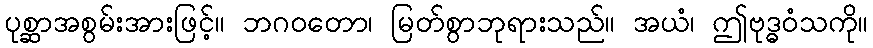
ပုစ္ဆာအစွမ်းအားဖြင့်။ ဘဂဝတော၊ မြတ်စွာဘုရားသည်။ အယံ၊ ဤဗုဒ္ဓဝံသကို။